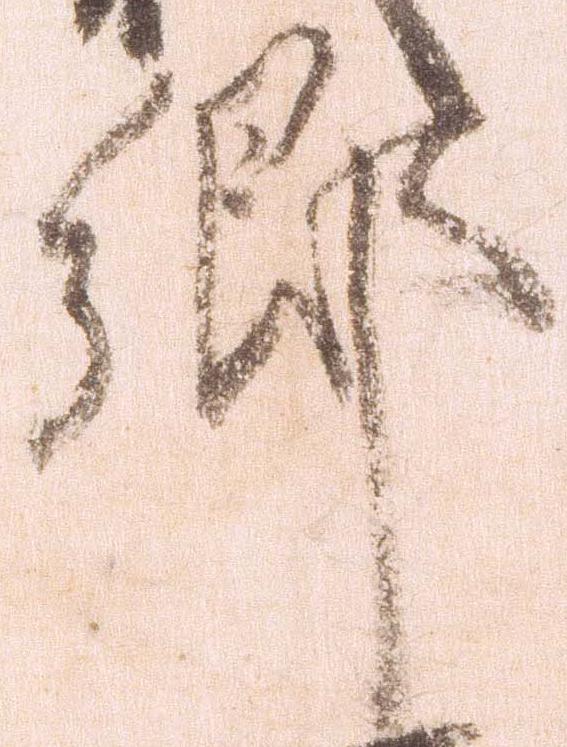
郷